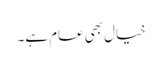
خیال بھی عام ہے۔